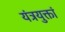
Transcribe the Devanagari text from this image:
यंत्रयुक्तां